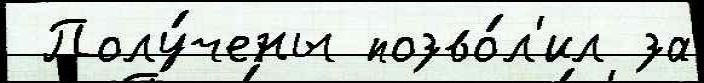
 Полу́чены позво́л'ил за